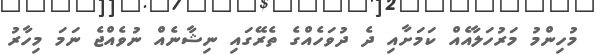
މުހިންމު މަރުހަލާއެއް ކަމަށާއި ދެ ދުވަހެއްގެ ތެރޭގައި ނިޝާނެއް ނުވެއްޖެ ނަމަ މިހާރު